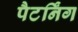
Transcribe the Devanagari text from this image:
पैटर्निंग